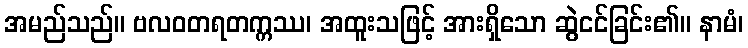
အမည်သည်။ ဗလဝတရတက္ကဿ၊ အထူးသဖြင့် အားရှိသော ဆွဲငင်ခြင်း၏။ နာမံ၊